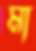
মা